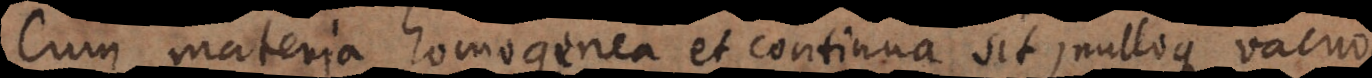
Cum materia homogenea et continua sit, nulloque vacuo